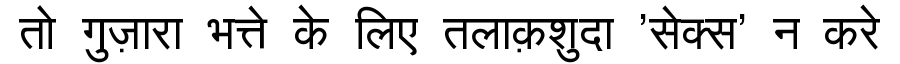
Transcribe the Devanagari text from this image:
तो गुज़ारा भत्ते के लिए तलाक़शुदा 'सेक्स' न करे